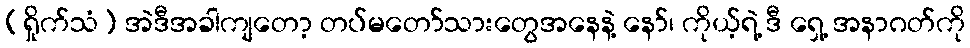
[ရှိုက်သံ] အဲဒီအခါကျတော့ တပ်မတော်သားတွေအနေနဲ့ နော်၊ ကိုယ့်ရဲ့ ဒီ ရှေ့ အနာဂတ်ကို